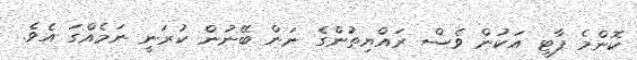
ކޮންމެ ޕާޓީ އަކުން ވެސް ރައްޔިތުންގެ ނަން ބޭނުން ކުރަނީ ނަމެއްގަ އެވެ.